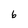
Character: 6